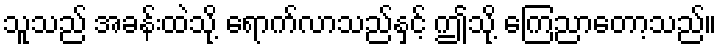
သူသည် အခန်းထဲသို့ ရောက်လာသည်နှင့် ဤသို့ ကြေညာတော့သည်။